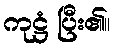
ကုဋ္ဌံ ပြီး၏။